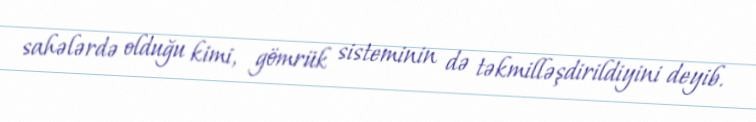
sahələrdə olduğu kimi, gömrük sisteminin də təkmilləşdirildiyini deyib.